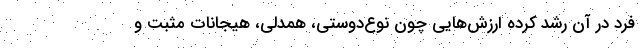
فرد در آن رشد کرده ارزش‌هایی چون نوع‌دوستی، همدلی، هیجانات مثبت و